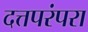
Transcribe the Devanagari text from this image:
दत्तपरंपरा